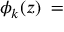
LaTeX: \phi _ { k } ( z ) \; = \;